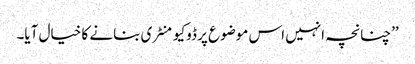
’’چنانچہ انہیں اس موضوع پر ڈوکیومنٹری بنانے کا خیال آیا۔